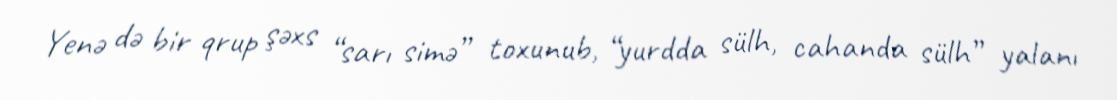
Yenə də bir qrup şəxs “sarı simə” toxunub, “yurdda sülh, cahanda sülh” yalanı